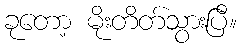
ခုတော့ မိုးတိတ်သွားပြီ။